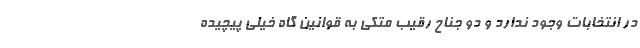
در انتخابات وجود ندارد و دو جناح رقیب متکی به قوانین گاه خیلی پیچیده